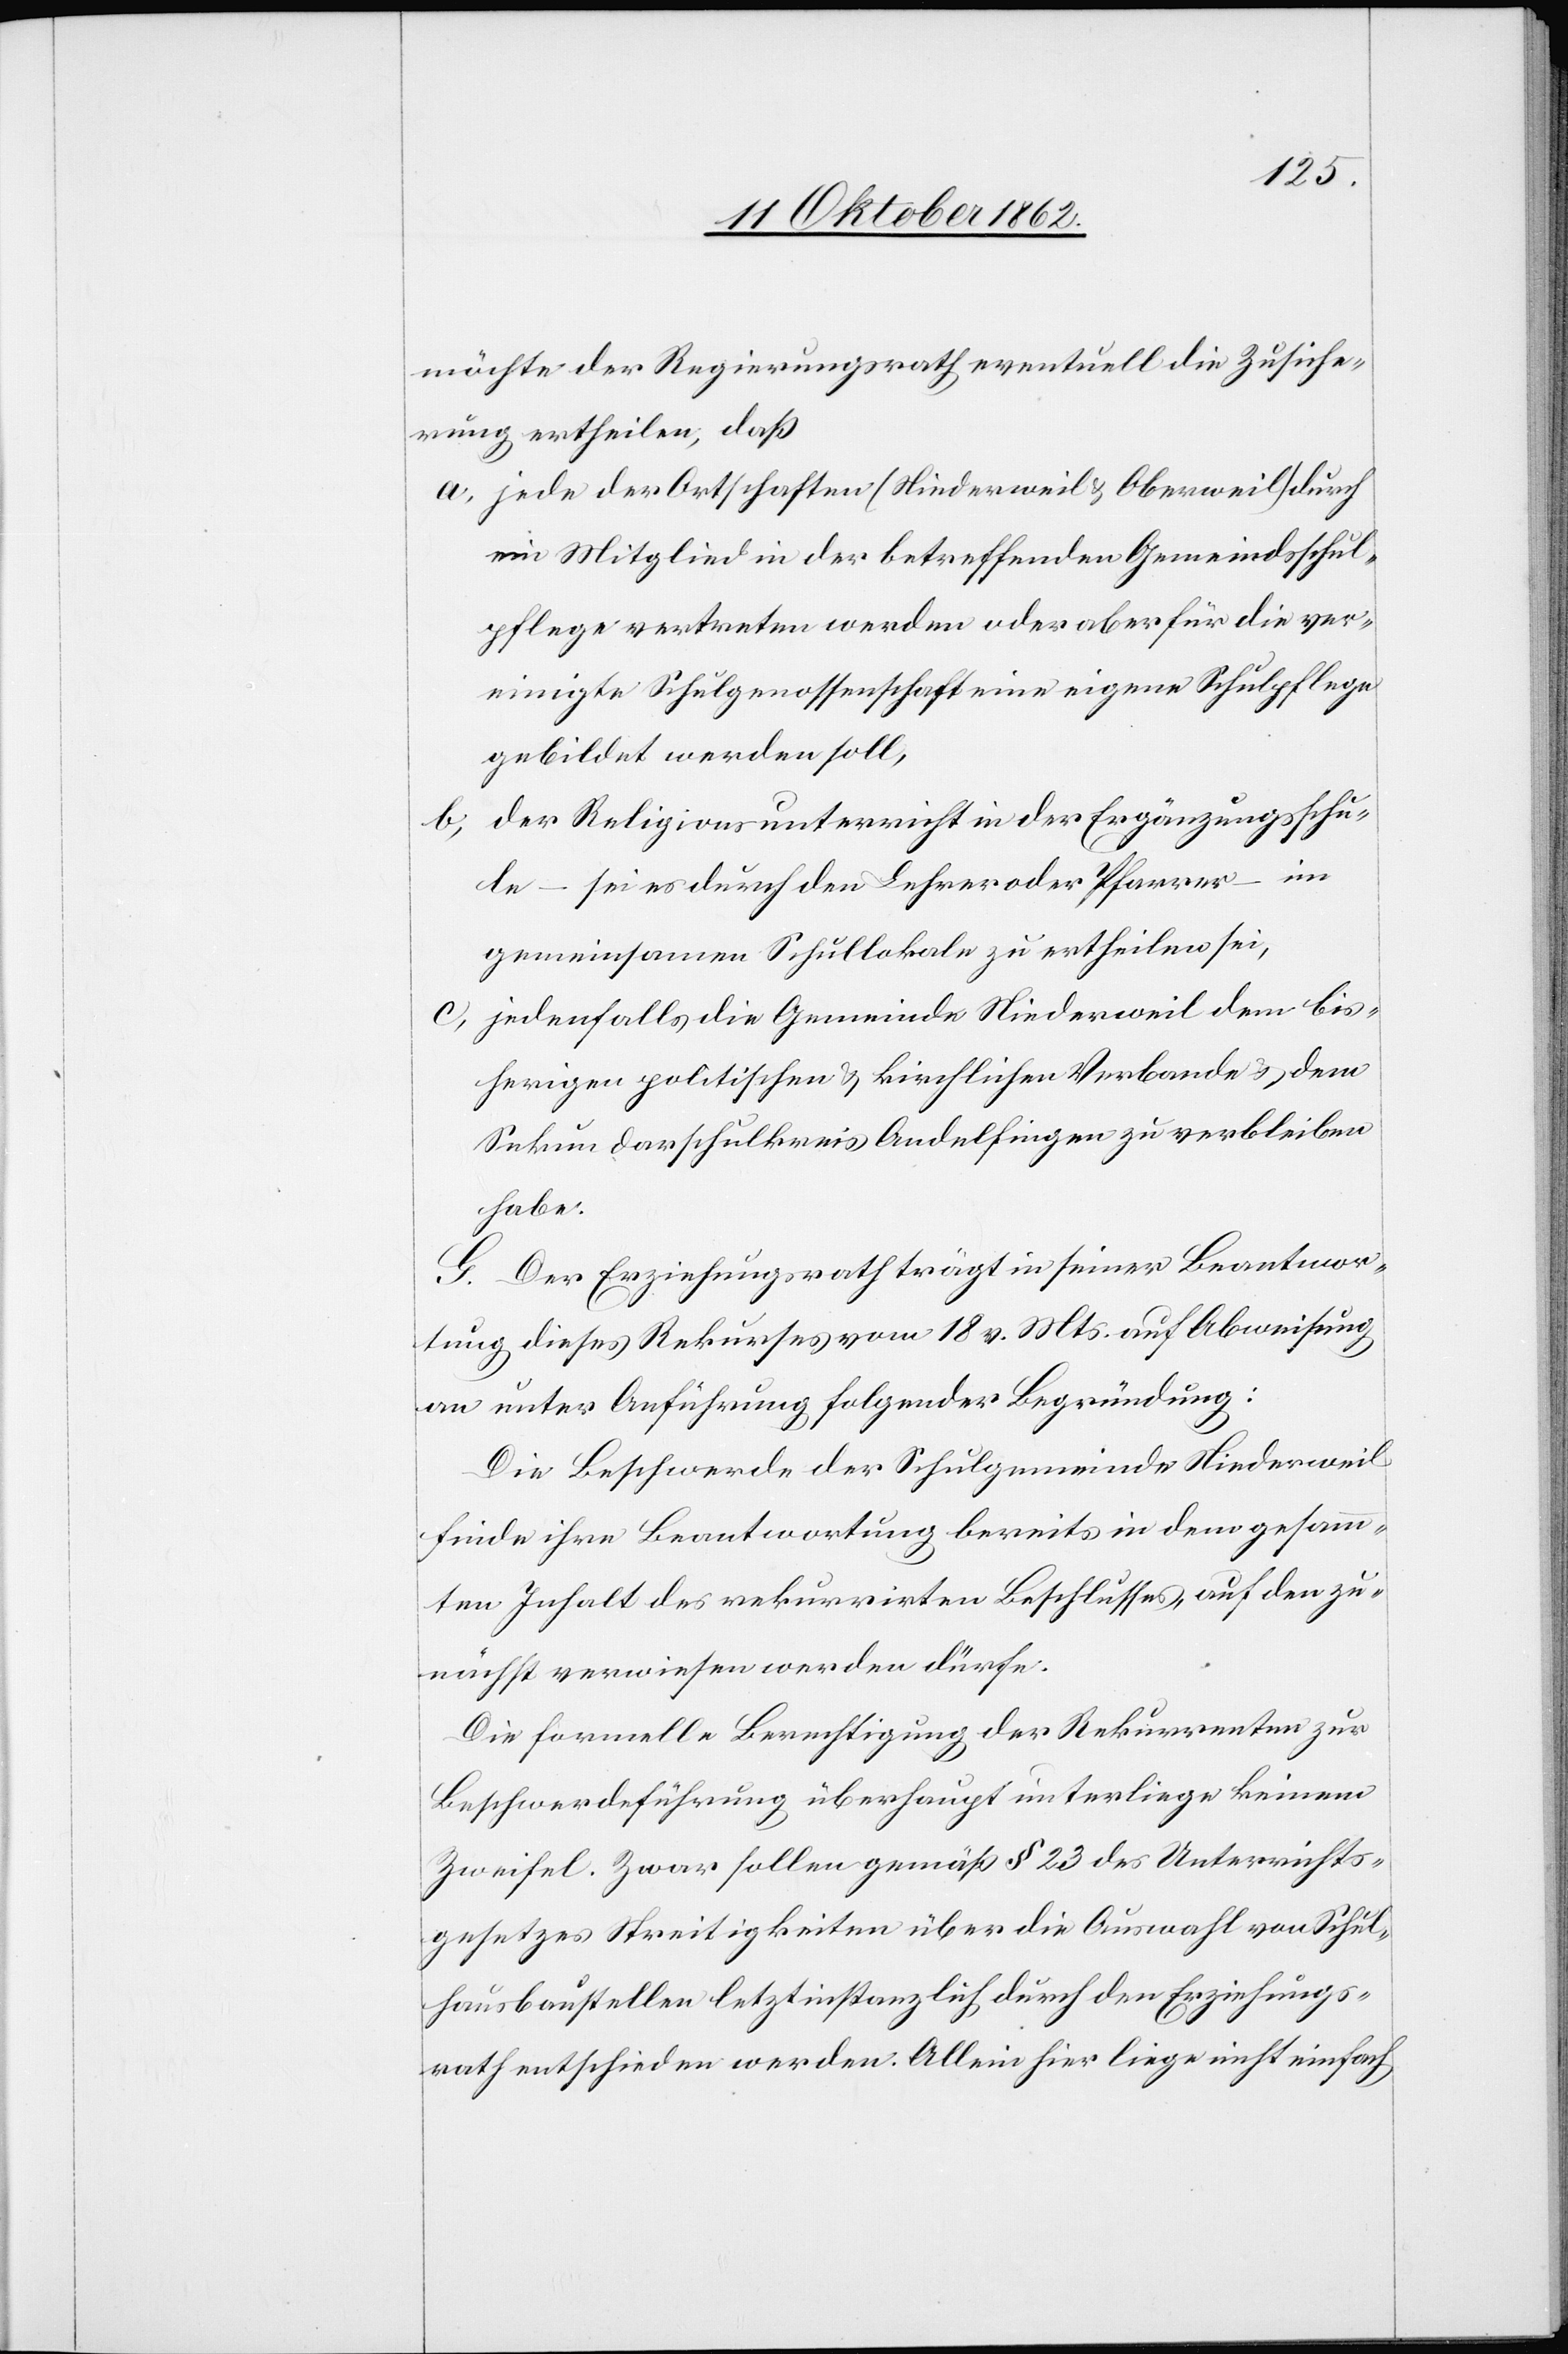
möchte der Regierungsrath eventuell die Zusiche¬
rung ertheilen, daß
a. jede der Ortschaften (Niederweil u. Oberweil) durch
ein Mitglied in der betreffenden Gemeindsschul¬
pflege vertreten werden oder aber für die ver¬
einigte Schulgenossenschaft eine eigene Schulpflege
gebildet werden soll,
b. der Religionsunterricht in der Ergänzungsschu¬
le – sei es durch den Lehrer oder Pfarrer – im
gemeinsamen Schullokale zu ertheilen sei,
c. jedenfalls die Gemeinde Niederweil dem bis¬
herigen politischen u. kirchlichen Verbande u. dem
Sekundarschulkreise Andelfingen zu verbleiben
habe.
G. Der Erziehungsrath trägt in seiner Beantwor¬
tung dieses Rekurses vom 18. v. Mts. auf Abweisung
an unter Anführung folgender Begründung:
Die Beschwerde der Schulgemeinde Niederweil
finde ihre Beantwortung bereits in dem gesamm¬
ten Inhalt des rekurrirten Beschlusses, auf den zu¬
nächst verwiesen werden dürfe.
Die formelle Berechtigung der Rekurrenten zur
Beschwerdeführung überhaupt unterliege keinem
Zweifel. Zwar sollen gemäß § 23 des Unterrichts¬
gesetzes Streitigkeiten über die Auswahl von Schul¬
hausbaustellen letztinstanzlich durch den Erziehungs¬
rath entschieden werden. Allein hier liege nicht einfach